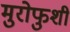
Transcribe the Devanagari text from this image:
मुरोफुशी